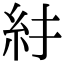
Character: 𥾒